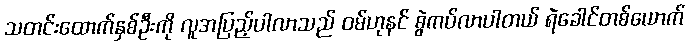
သတင်းထောက်နှစ်ဦးကို လူအပြည့်ပါလာသည် ဝမ်ဟုနင် စွဲကပ်လာပါတယ် ရဲခေါင်တစ်ယောက်